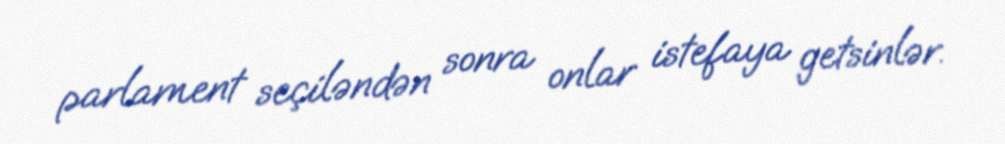
parlament seçiləndən sonra onlar istefaya getsinlər.